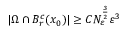
\begin{array} { r } { | \Omega \cap B _ { r } ^ { c } ( x _ { 0 } ) | \geq C N _ { \varepsilon } ^ { \frac { 3 } { 2 } } \varepsilon ^ { 3 } } \end{array}